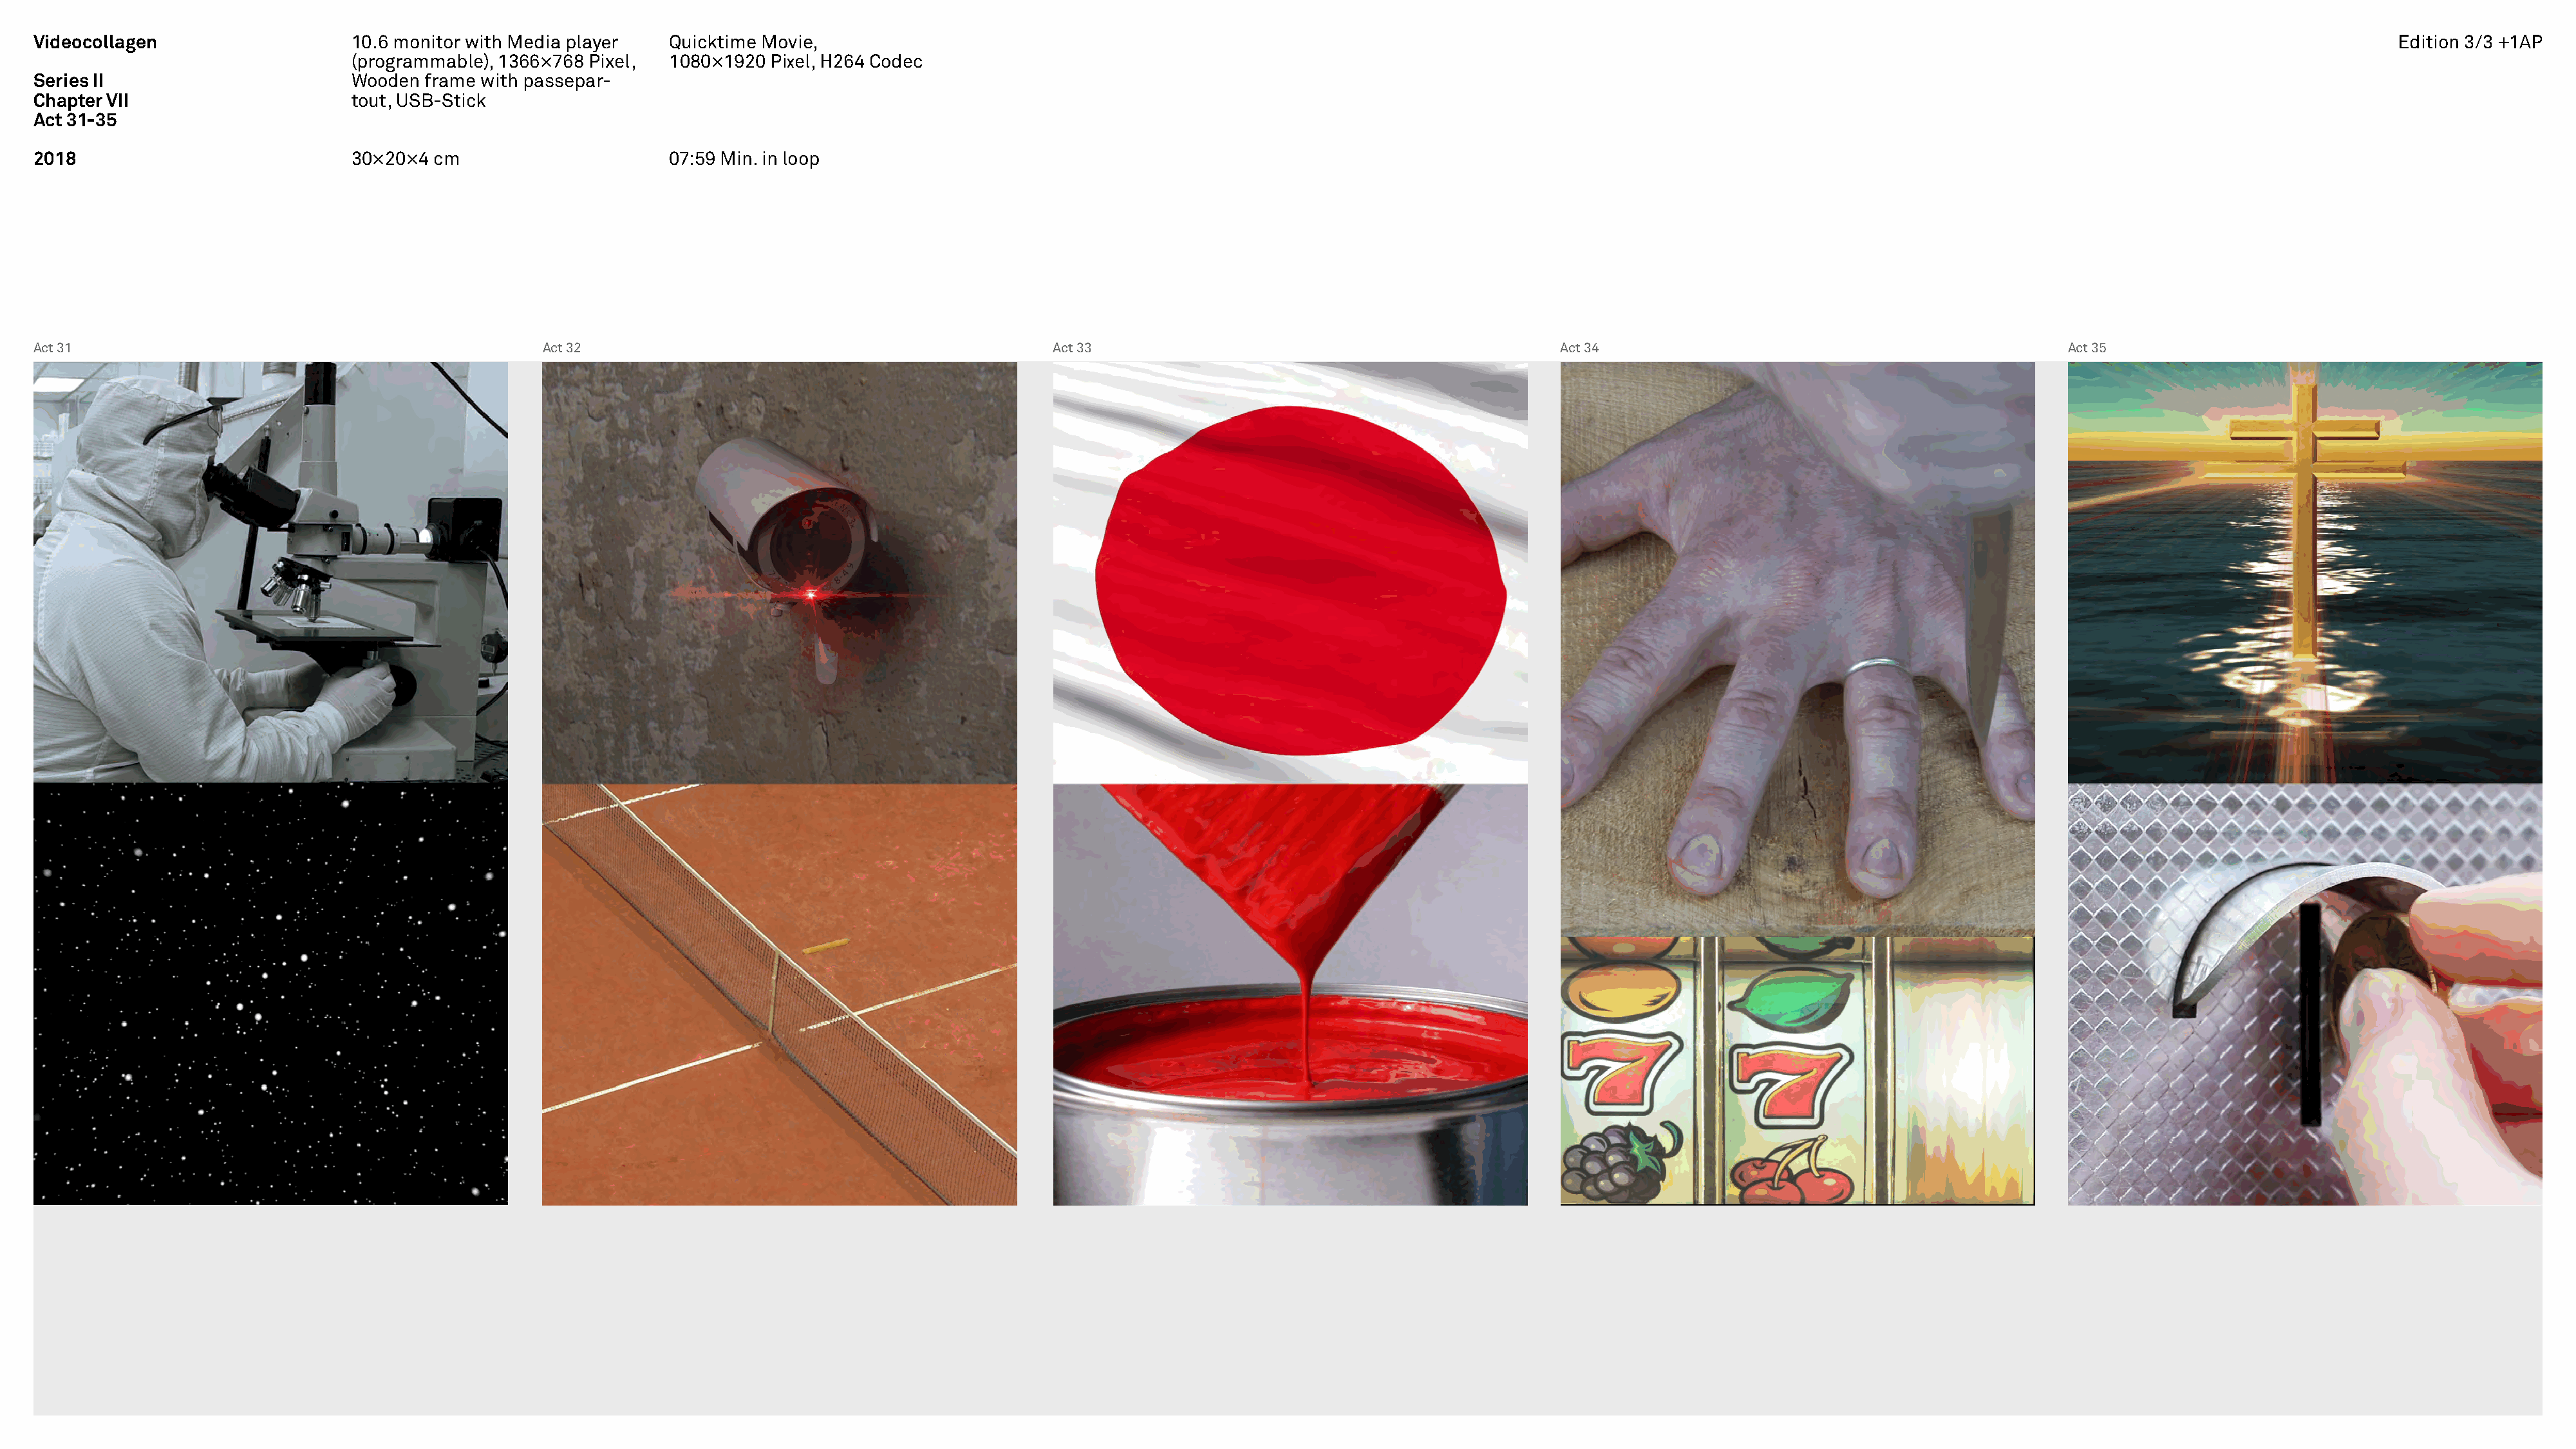
Videocollagen                    10.6 monitor with Media player   Quicktime Movie,                                                                                                                                                                  Edition 3/3 +1AP
 (programmable), 1366×768 Pixel,  1080×1920 Pixel, H264 Codec
 Series II                        Wooden  frame with passepar-
 Chapter VII                      tout, USB-Stick
 Act 31-35
 2018                             30×20×4  cm                      07:59 Min. in loop
 Act 31                                               Act 32                                              Act 33                                              Act 34                                               Act 35